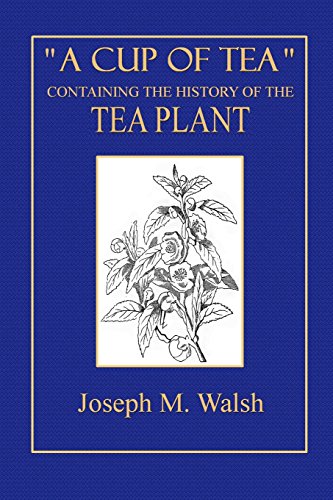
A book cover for "A Cup of Tea": Containing a History of the Tea Plant; Joseph M. Walsh; Cookbooks, Food & Wine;